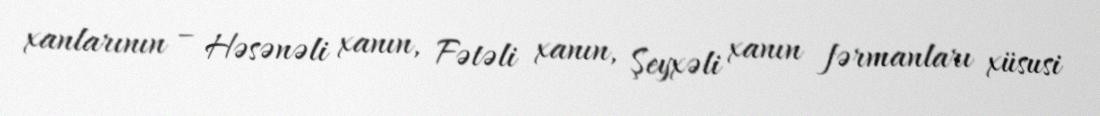
xanlarının – Həsənəli xanın, Fətəli xanın, Şeyxəli xanın fərmanları xüsusi